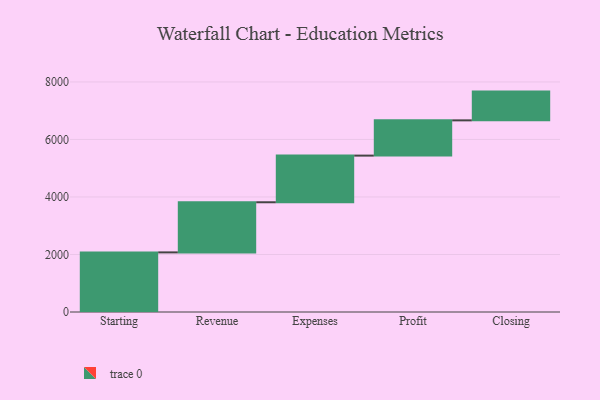
{"axis": {"x": "Step", "y": "Value"}, "legend": [""], "data": [{"x": "Starting", "y": 2073.0, "type": ""}, {"x": "Revenue", "y": 1743.0, "type": ""}, {"x": "Expenses", "y": 1622.0, "type": ""}, {"x": "Profit", "y": 1226.0, "type": ""}, {"x": "Closing", "y": 1000, "type": ""}]}